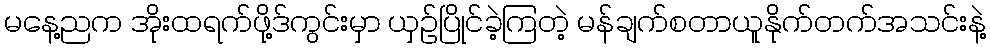
မနေ့ညက အိုးထရက်ဖို့ဒ်ကွင်းမှာ ယှဉ်ပြိုင်ခဲ့ကြတဲ့ မန်ချက်စတာယူနိုက်တက်အသင်းနဲ့